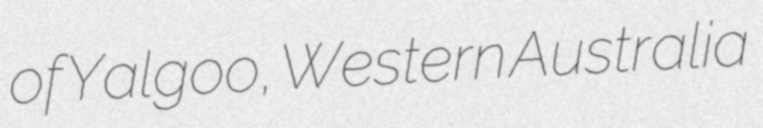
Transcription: of Yalgoo, Western Australia